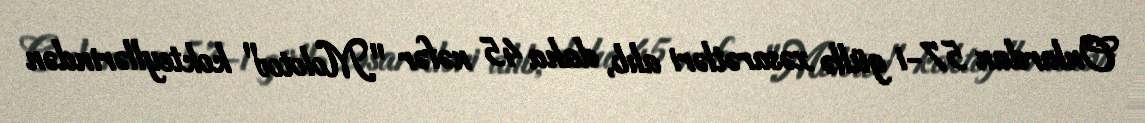
Onlardan 57-i güllə xəsarətləri alıb, daha 45 nəfər "Molotov" kokteyllərindən